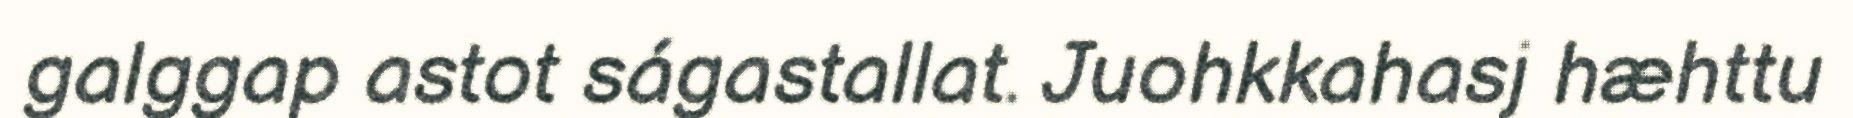
galggap astot ságastallat. Juohkkahasj hæhttu